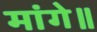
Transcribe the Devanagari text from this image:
मांगे॥